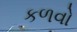
કળવો